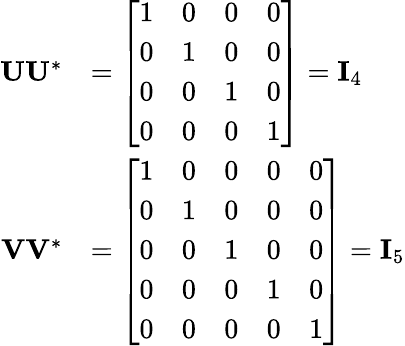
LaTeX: {\begin{array}{rl}{\mathbf{U}\mathbf{U}^{*}}&{={\left[\begin{array}{llll}{1}&{0}&{0}&{0}\\ {0}&{1}&{0}&{0}\\ {0}&{0}&{1}&{0}\\ {0}&{0}&{0}&{1}\end{array}\right]}=\mathbf{I}_{4}}\\ {\mathbf{V}\mathbf{V}^{*}}&{={\left[\begin{array}{lllll}{1}&{0}&{0}&{0}&{0}\\ {0}&{1}&{0}&{0}&{0}\\ {0}&{0}&{1}&{0}&{0}\\ {0}&{0}&{0}&{1}&{0}\\ {0}&{0}&{0}&{0}&{1}\end{array}\right]}=\mathbf{I}_{5}}\end{array}}